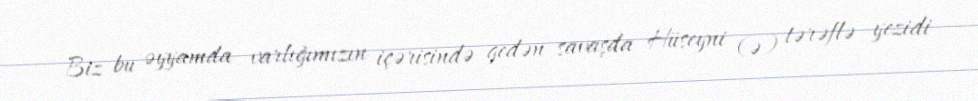
Biz bu əyyamda varlığımızın içərisində gedən savaşda Hüseyni (ə) tərəflə yezidi